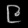
Digit: ၉